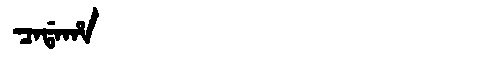
Manchu: ᠴᠠᡩᠠᡥᠠ
Romanization: CADAHA